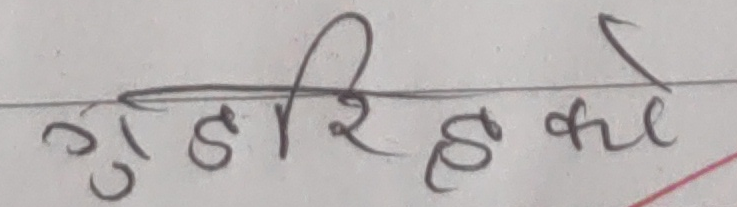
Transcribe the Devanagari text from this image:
गुडिरहेको